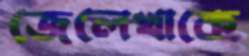
জেলেখাকে